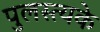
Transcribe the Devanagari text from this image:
पुलस्त्यके